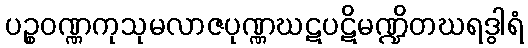
ပဉ္စဝဏ္ဏကုသုမလာဇပုဏ္ဏဃဋပဋိမဏ္ဍိတဃရဒွါရံ